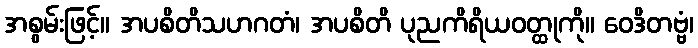
အစွမ်းဖြင့်။ အပစိတိသဟဂတံ၊ အပစိတိ ပုညကိရိယဝတ္ထုကို။ ဝေဒိတဗ္ဗံ၊